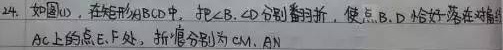
如图，在矩形\(ABCD\)中，把\(\angle B\)、\(\angle D\)分别翻折，使点\(B\)、\(D\)恰好落在对角\(AC\)上的点\(E\)、\(F\)处，折痕分别为\(CM\)、\(AN\)。